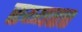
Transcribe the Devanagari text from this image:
रय्यरर